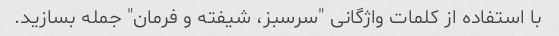
با استفاده از کلمات واژگانی "سرسبز، شیفته و فرمان" جمله بسازید.